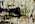
أجلكم